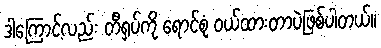
ဒါကြောင့်လည်း တီရှပ်ကို ရောင်စုံ ဝယ်ထားတာပဲဖြစ်ပါတယ်။